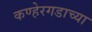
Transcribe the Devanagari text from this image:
कण्हेरगडाच्या